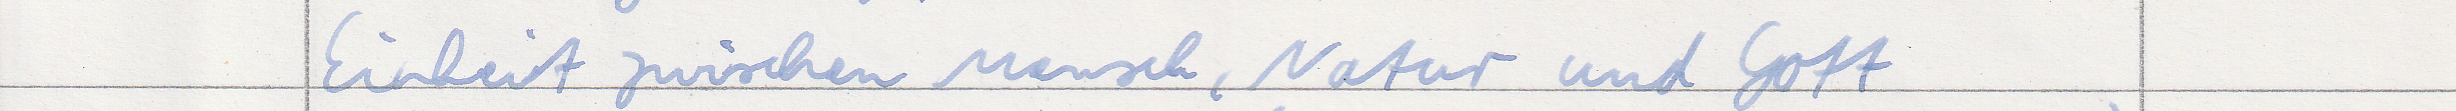
Einheit zwischen Mensch, Natur und Gott